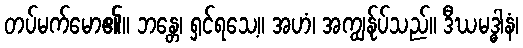
တပ်မက်မော၏။ ဘန္တေ၊ ရှင်ရသေ့။ အဟံ၊ အကျွန်ုပ်သည်။ ဒီဃမဒ္ဓါနံ၊